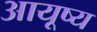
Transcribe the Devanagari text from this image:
आयूष्य